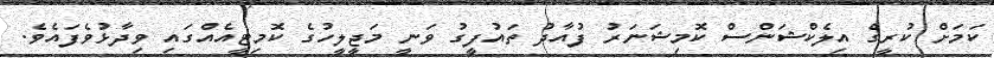
ކަމަށް ކުރީގެ އިލެކްޝަންސް ކޮމިޝަނަރު ފުއާދު ތައުފީގު ވަނީ މަޖީލީހުގެ ކޮމިޓީއެއްގައި ވިދާޅުވެފައެވެ.